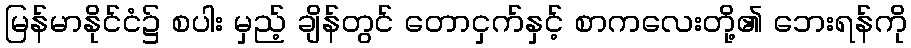
မြန်မာနိုင်ငံ၌ စပါး မှည့် ချိန်တွင် တောငှက်နှင့် စာကလေးတို့၏ ဘေးရန်ကို